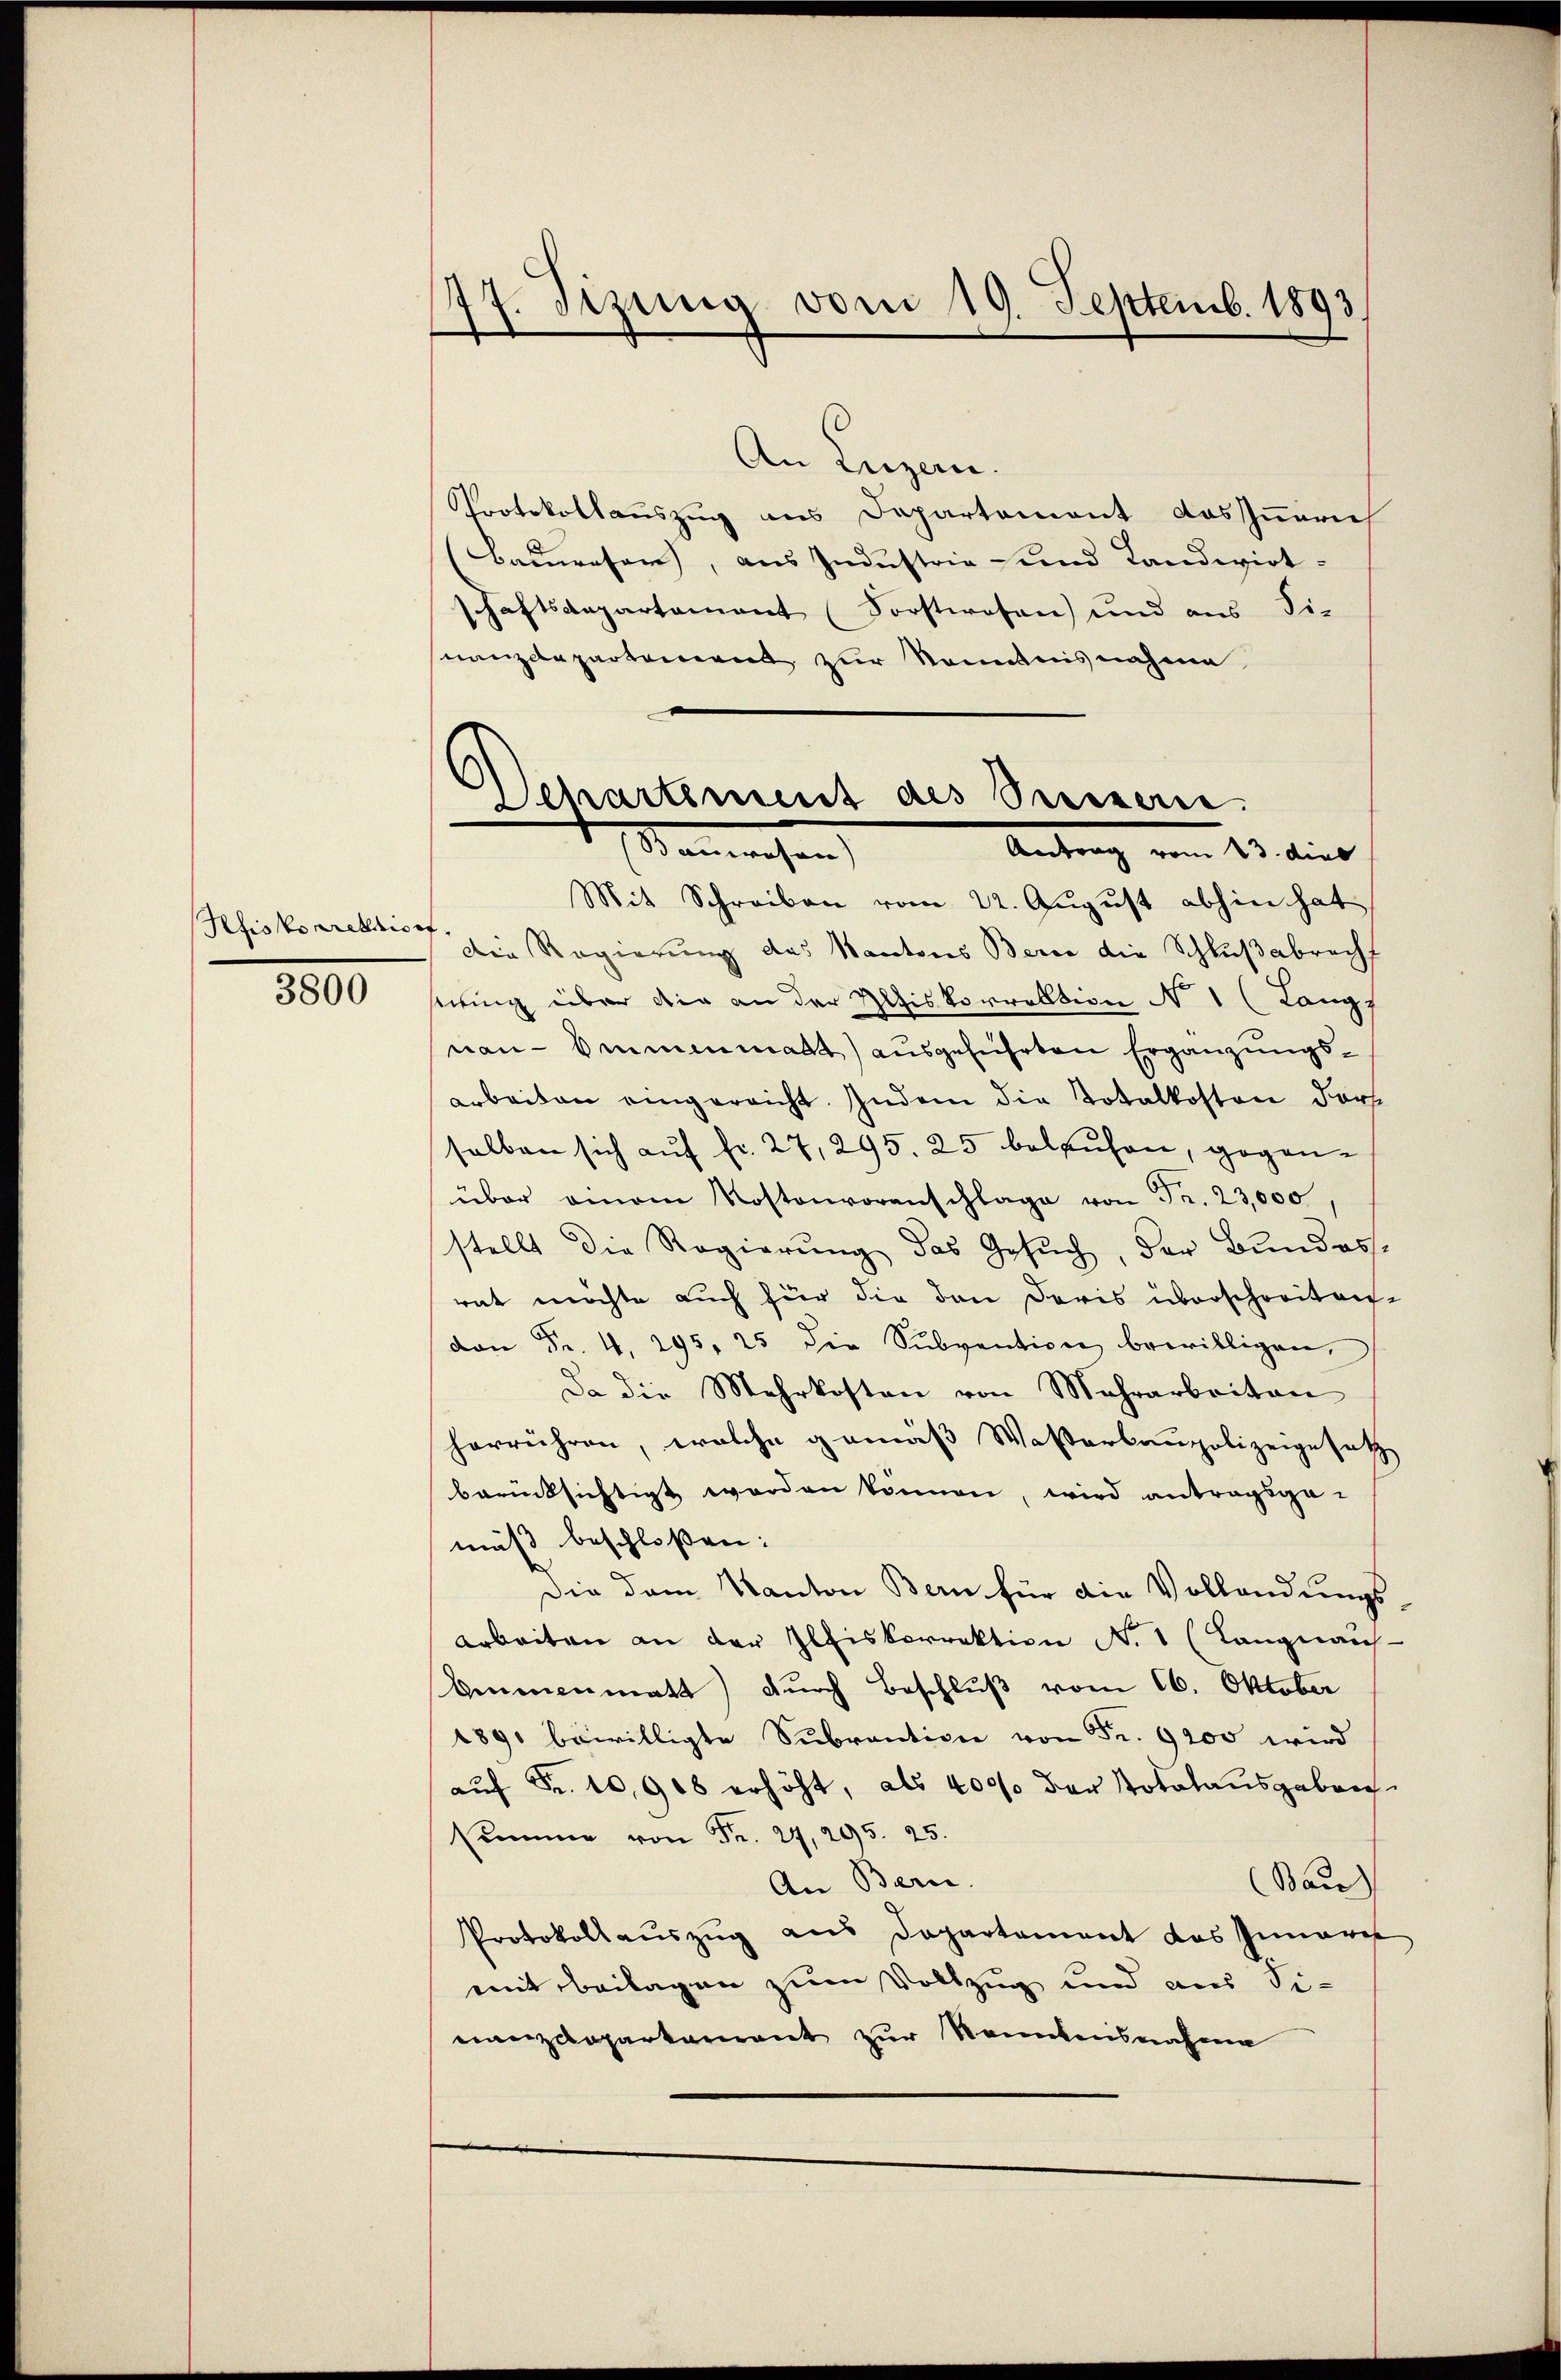
Rhisskorrektion
3800

177. Sizung vom 19. Septemb. 1893

Departement des Prisern.
anwesen
Antrag vom 23. dies

An Luzern.
Protokollauszug aus Departement das Innerich
(Bauwesen, aus Industria und Landwirt-
schaftsaepartament (Forstwesen und aus Si-
nanzdepartement zur Kenntnisnahme
Mit Schreiben vom 22. August abhin hat
.
Die Regierung das Kantons Berce die Schlußabrecht
stung über die an der Mis Vorrektion N. 1 (Langs
nau-Ammenmatt) ausgeführten Ergänzungsarbeiten eingereicht. Indem die Totalkosten dort
selben sich auf fr. 27, 295. 25 belaufen, gegenüber omnem Kostenvoranschlage von Fr. 23,000
stellt die Regierŭng das Gesŭch, der Bundesrat möchte auch für die den Doris überschreiten-
von Fr. 4. 295, 25 die Subvention bewilligen,
Da die Mehrkosten von Mehrarbeiten
herrühren, welche gemäß Wasserbaupolizeigesetz
berücksichtigt worden können, wird antragsge-
mäß beschloßen:
Die dem Kanton Bern für die Vollendungs
Arbeiten an der Elfiskorrektion No. 1 (Langnaus-
Ammnenmatt) durch Beschluß vom 16. Oktober
1891 bewilligte Sŭbrantion von Fr. 9200 wird
aŭf Fr. 10,908 erhöht, als 400 der Totalausgebrech
kumme von Fr. 29, 295. 25.
An Berne.
Bau
Protokollauszug aus Departement das Innere
mit Beilagen zum Vollzug und aus Sinanzdepartarrent zur Kenntensnahme